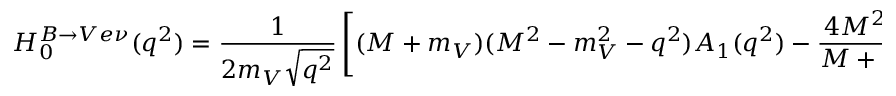
H _ { 0 } ^ { B \to V e \nu } ( q ^ { 2 } ) = \frac 1 { 2 m _ { V } \sqrt { q ^ { 2 } } } \left[ ( M + m _ { V } ) ( M ^ { 2 } - m _ { V } ^ { 2 } - q ^ { 2 } ) A _ { 1 } ( q ^ { 2 } ) - \frac { 4 M ^ { 2 } \Delta ^ { 2 } } { M + m _ { V } } A _ { 2 } ( q ^ { 2 } ) \right]